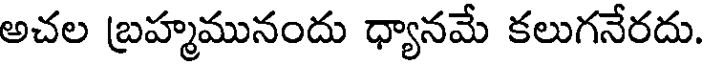
అచల బ్రహ్మమునందు ధ్యానమే కలుగనేరదు.